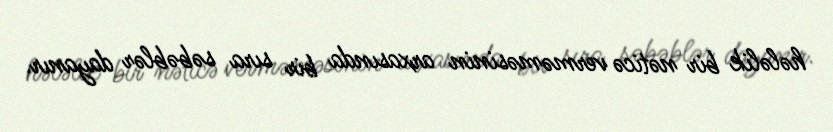
hələlik bir nəticə verməməsinin arxasında bir sıra səbəblər dayanır.